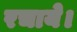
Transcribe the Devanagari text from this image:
रचाये।